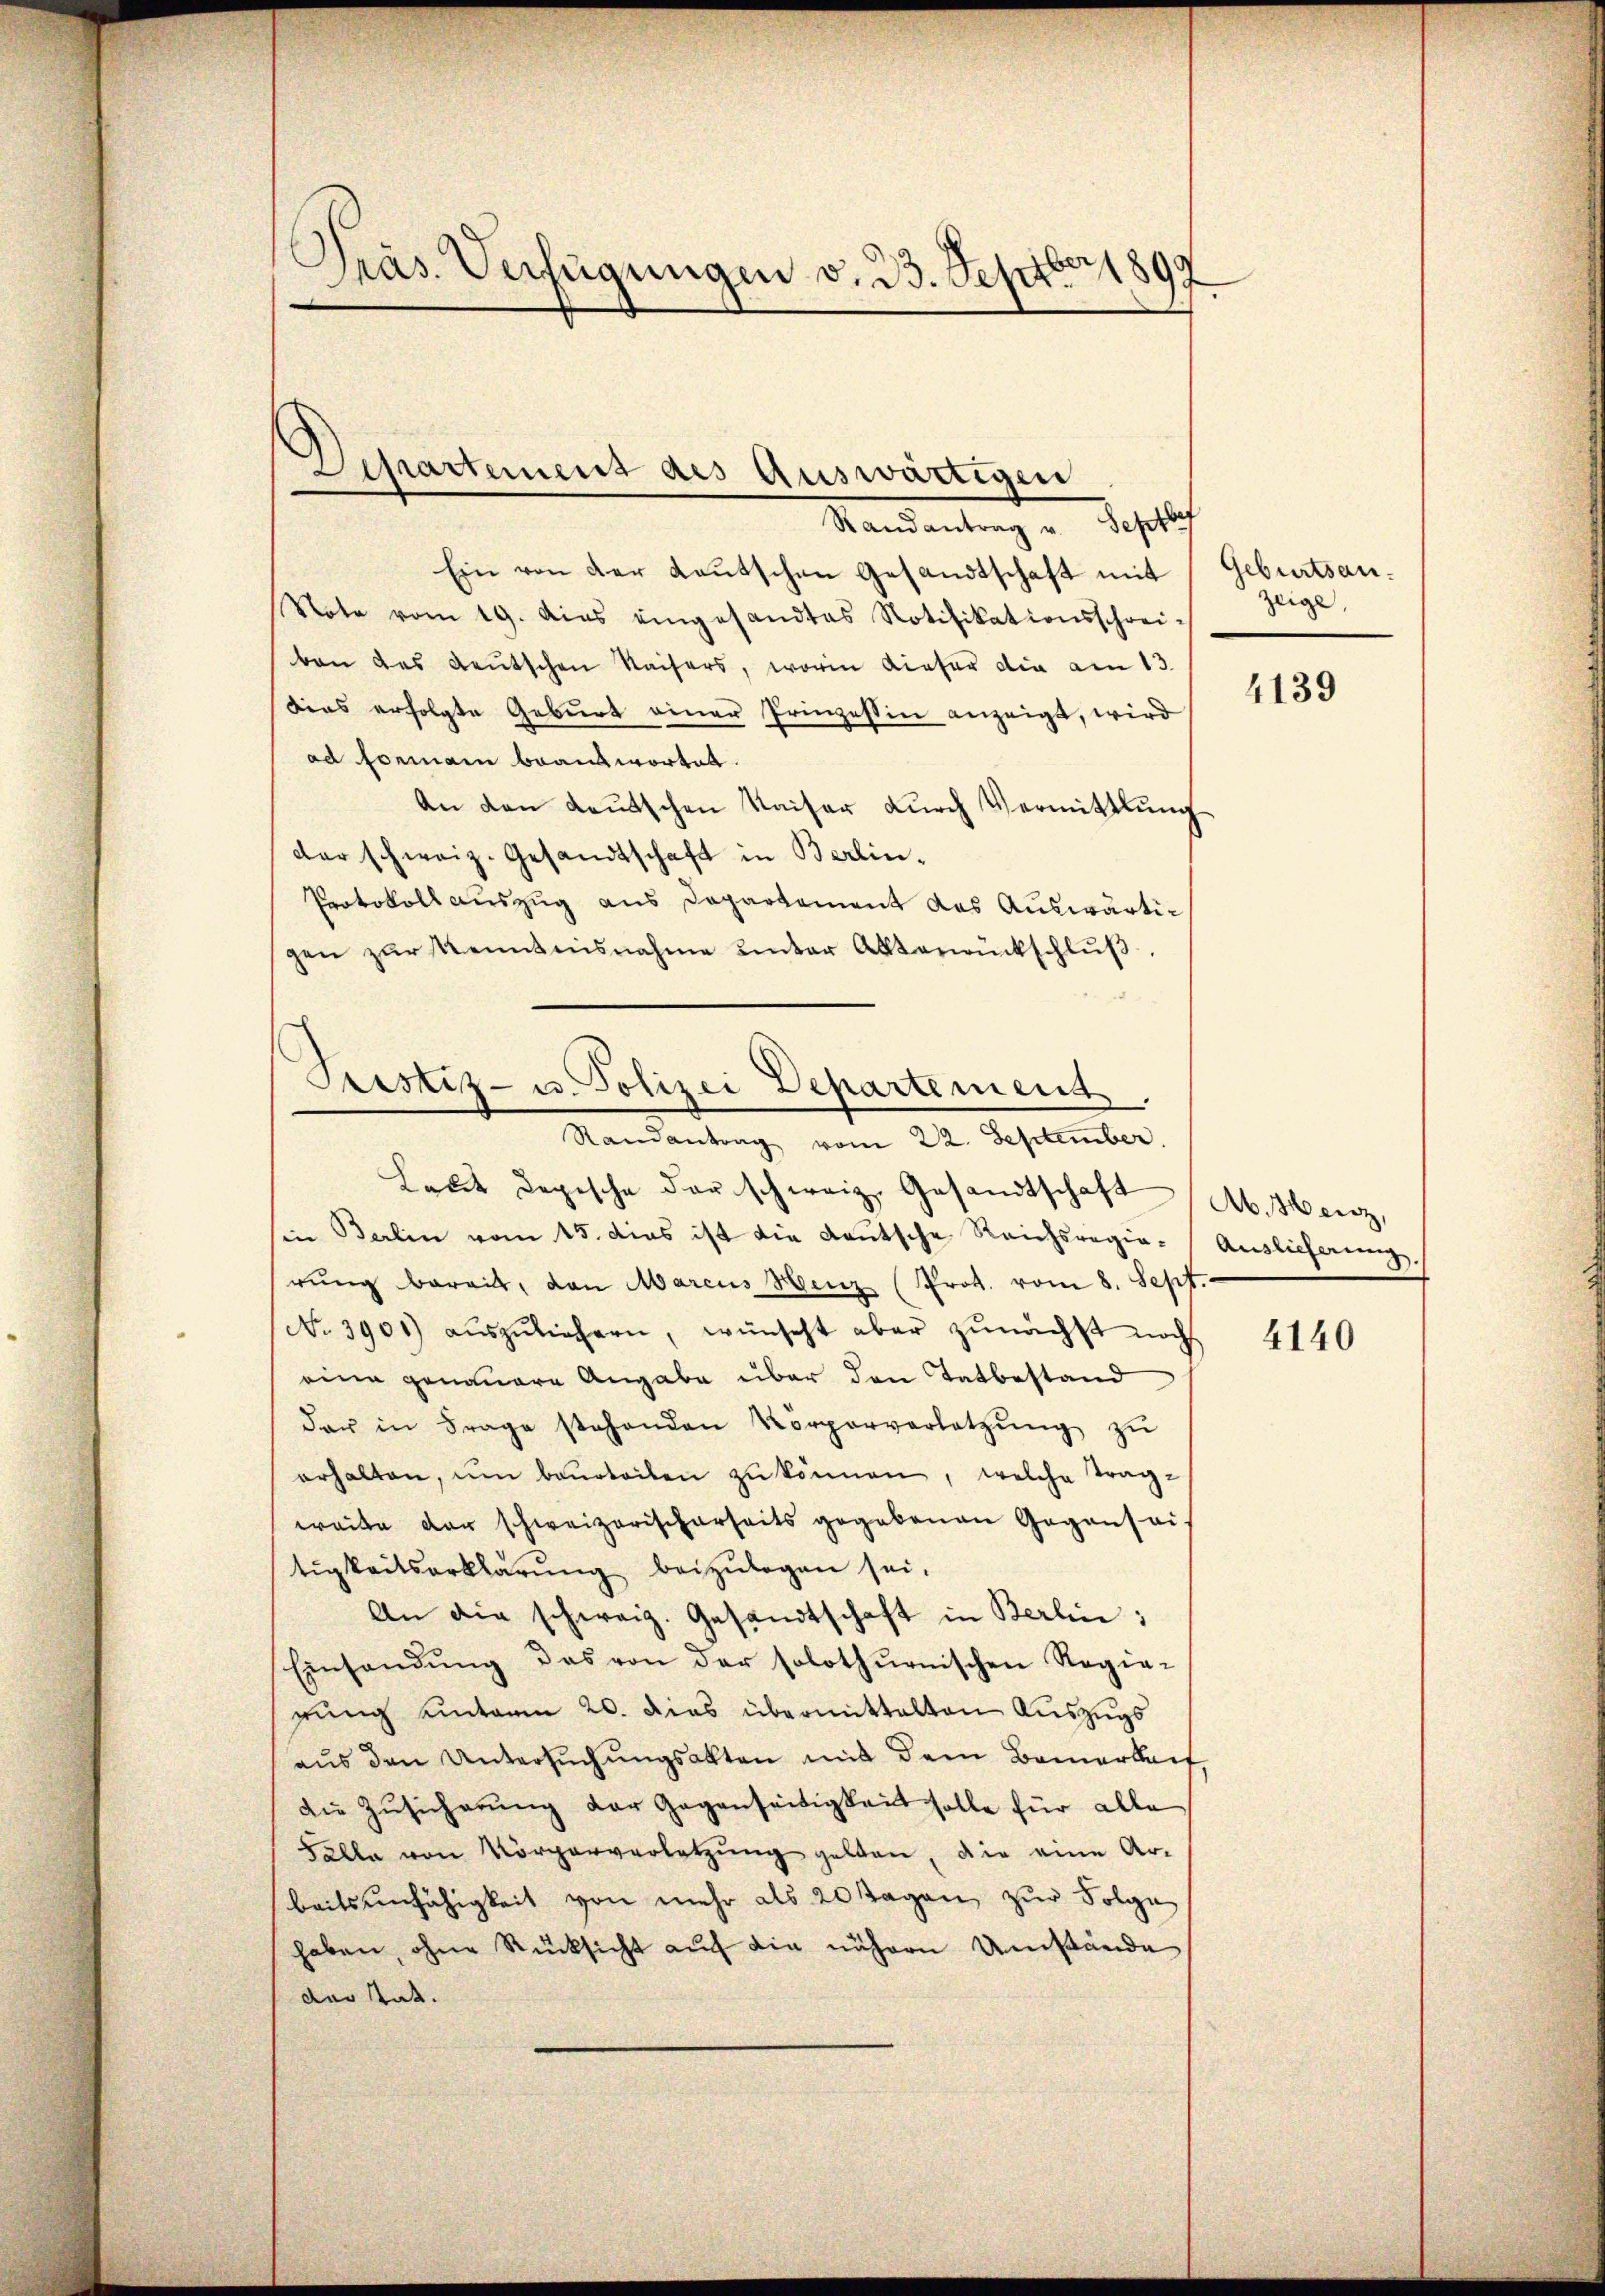
Präs. Verfügungen v. 23. Septbr. 1897

Ein von der Leŭtschen Gesandtschaft mit
Note vom 19. dies eingesandtes Notifikationsschrei-
ben des deutschen Kaisers, worin dieser die am 13.
Dias erfolgte Geburt einer Prinzessin anzeigt, wird
ad Formann beantwortet.
An den Leŭtschen Kaiser dŭrch Vermittlung
der schweiz. Gesandtschaft in Berlin¬
Protokoll auszug aus Departement das Auswärtigen zŭr Kenntnisnahme unter Aktenrückschlŭβ
Laut depische der schweiz. Gesandtschaft
in Berlin vom 15. dies ist die deutsche Reichsregierŭng bereit, dan Marcus Henz (Prot. vom 8. Sept.
No. 3901) aŭszŭliefern, wünscht aber zŭnächst noch
eine genauere Angabe über den Tatbestand
dar in Frage stehenden Körperverletzŭng zŭ
erhalten, ŭm beurteilen zŭ können, welche Trag-
weite der schweizerischerseits gegebenen Gegensei-
tigkeitserklärŭng beizulegen sei.
An die schweiz. Gesandtschaft in Berlin:
Einsendung das von der solothurnischen Regie-
rung einterm 20. Dies übermittalten Auszugs
aŭs den Untersŭchŭngsakten mit dem Bemerkeit
die Zŭsicherŭng der Gegenseitigkeit solle für alle
Fälle von Körperverletzung gelten, die eine Ar-
beitsunfähigkeit von mehr als 20 sagen zŭr Folge
haben, ohne Rücksicht auf die nähern Umstände
dar tat.

Departement des Auswärtigen
Randantrag u. Septbr

Justiz- u. Polizei Departement
Randantrag vom 22. September.

Geburtsan.
zeige,

4139

Ab. Herz,
Auslieferung.

4140